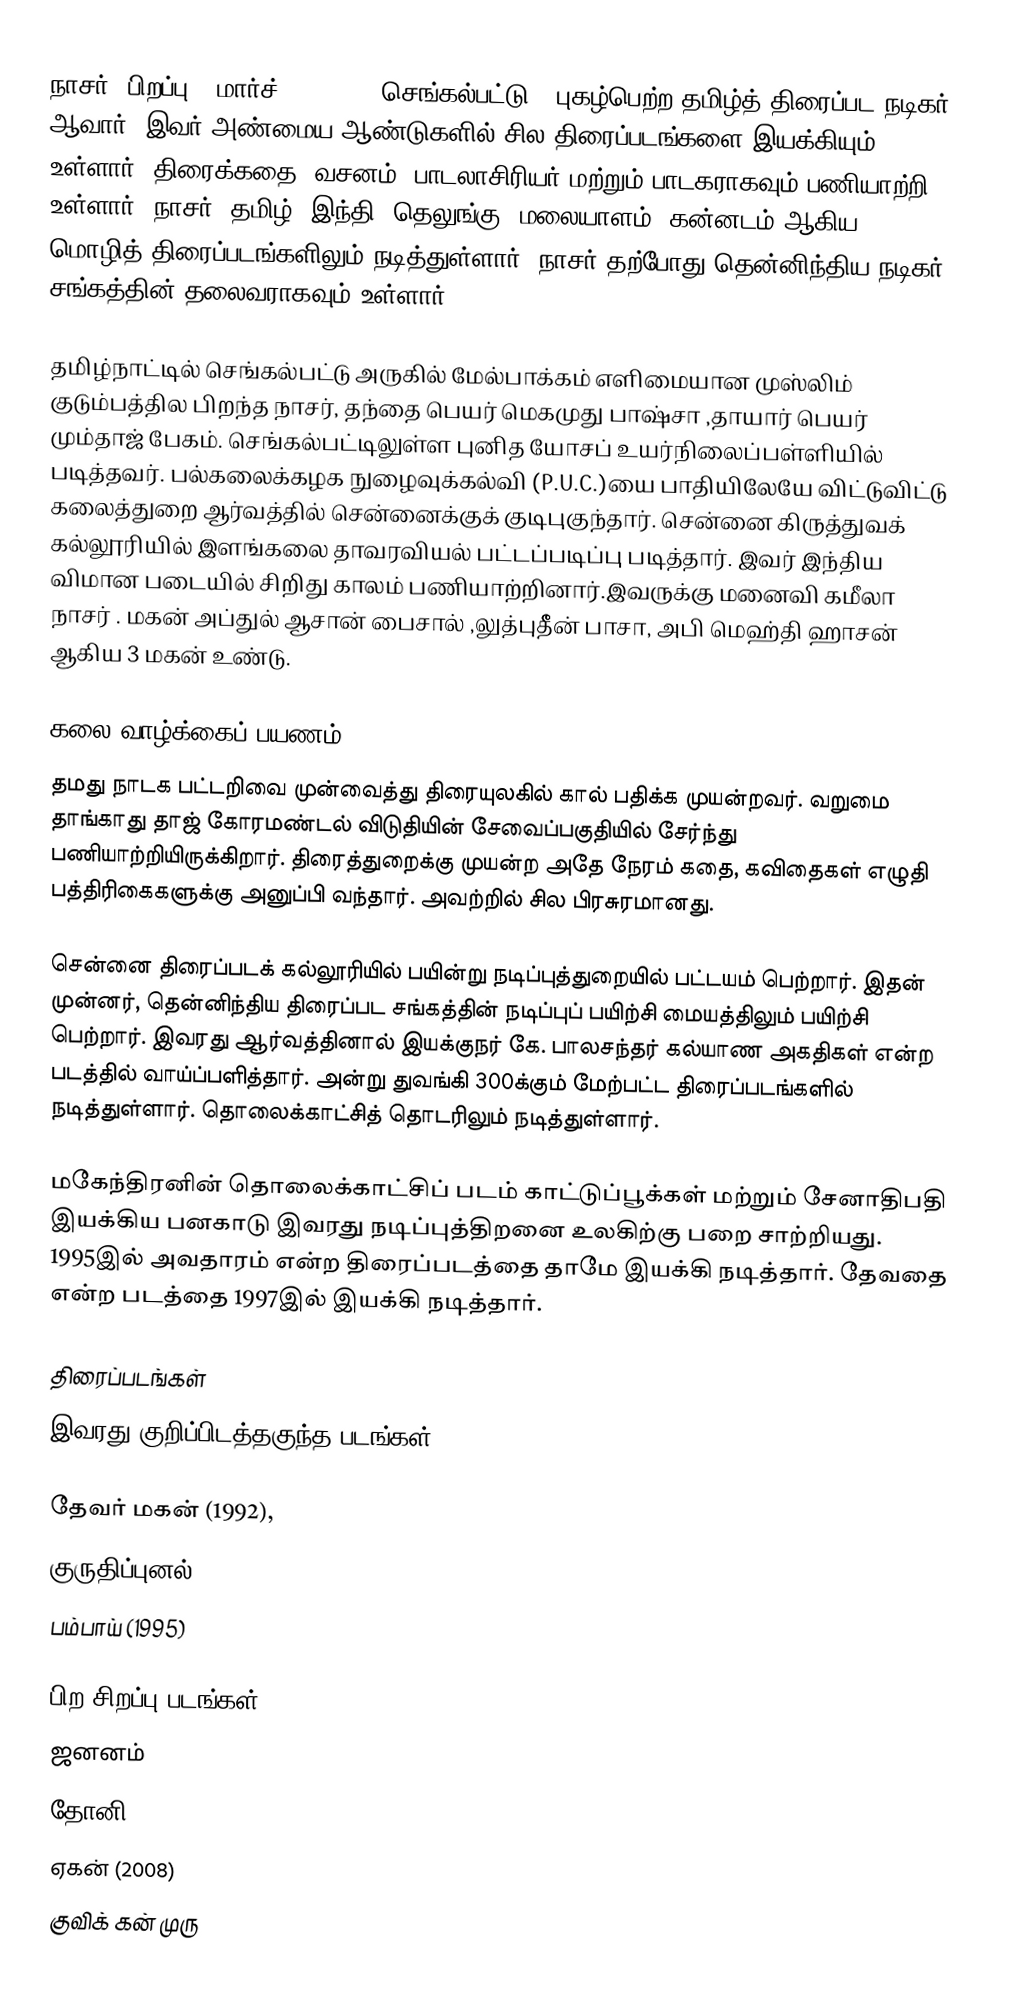
நாசர் (பிறப்பு - மார்ச் 05, 1958, செங்கல்பட்டு), புகழ்பெற்ற தமிழ்த் திரைப்பட நடிகர் ஆவார். இவர் அண்மைய ஆண்டுகளில் சில திரைப்படங்களை இயக்கியும் உள்ளார். திரைக்கதை, வசனம், பாடலாசிரியர் மற்றும் பாடகராகவும் பணியாற்றி உள்ளார். நாசர், தமிழ், இந்தி, தெலுங்கு, மலையாளம், கன்னடம் ஆகிய மொழித் திரைப்படங்களிலும் நடித்துள்ளார். நாசர் தற்போது தென்னிந்திய நடிகர் சங்கத்தின் தலைவராகவும் உள்ளார்.

தமிழ்நாட்டில் செங்கல்பட்டு அருகில் மேல்பாக்கம்  எளிமையான முஸ்லிம் குடும்பத்தில பிறந்த நாசர், தந்தை பெயர்  மெகமுது பாஷ்சா ,தாயார் பெயர் மும்தாஜ் பேகம்.   செங்கல்பட்டிலுள்ள புனித யோசப் உயர்நிலைப்பள்ளியில் படித்தவர். பல்கலைக்கழக நுழைவுக்கல்வி (P.U.C.)யை பாதியிலேயே விட்டுவிட்டு கலைத்துறை ஆர்வத்தில் சென்னைக்குக் குடிபுகுந்தார். சென்னை கிருத்துவக் கல்லூரியில் இளங்கலை தாவரவியல் பட்டப்படிப்பு படித்தார். இவர் இந்திய விமான படையில் சிறிது காலம் பணியாற்றினார்.இவருக்கு மனைவி கமீலா நாசர் . மகன் அப்துல் ஆசான் பைசால் ,லுத்புதீீீன் பாசா, அபி மெஹ்தி ஹாசன் ஆகிய  3 மகன் உண்டு.

கலை வாழ்க்கைப் பயணம்
தமது நாடக பட்டறிவை முன்வைத்து திரையுலகில் கால் பதிக்க முயன்றவர். வறுமை தாங்காது தாஜ் கோரமண்டல் விடுதியின் சேவைப்பகுதியில் சேர்ந்து பணியாற்றியிருக்கிறார். திரைத்துறைக்கு முயன்ற அதே நேரம்  கதை, கவிதைகள் எழுதி பத்திரிகைகளுக்கு அனுப்பி வந்தார். அவற்றில் சில பிரசுரமானது.

சென்னை திரைப்படக் கல்லூரியில் பயின்று நடிப்புத்துறையில் பட்டயம் பெற்றார். இதன் முன்னர், தென்னிந்திய திரைப்பட சங்கத்தின் நடிப்புப் பயிற்சி மையத்திலும் பயிற்சி பெற்றார். இவரது ஆர்வத்தினால் இயக்குநர் கே. பாலசந்தர் கல்யாண அகதிகள் என்ற படத்தில் வாய்ப்பளித்தார். அன்று துவங்கி 300க்கும் மேற்பட்ட திரைப்படங்களில் நடித்துள்ளார். தொலைக்காட்சித் தொடரிலும் நடித்துள்ளார்.

மகேந்திரனின் தொலைக்காட்சிப் படம் காட்டுப்பூக்கள் மற்றும் சேனாதிபதி இயக்கிய பனகாடு இவரது நடிப்புத்திறனை உலகிற்கு பறை சாற்றியது. 1995இல் அவதாரம் என்ற திரைப்படத்தை தாமே இயக்கி நடித்தார். தேவதை என்ற படத்தை 1997இல் இயக்கி நடித்தார்.

திரைப்படங்கள்
இவரது குறிப்பிடத்தகுந்த படங்கள்:

தேவர் மகன் (1992),
குருதிப்புனல் (1996),
பம்பாய் (1995)

பிற சிறப்பு படங்கள்
 ஜனனம்
 தோனி
 ஏகன் (2008)
 குவிக் கன் முரு